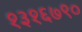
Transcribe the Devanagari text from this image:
१३१६७९०